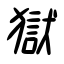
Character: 獄